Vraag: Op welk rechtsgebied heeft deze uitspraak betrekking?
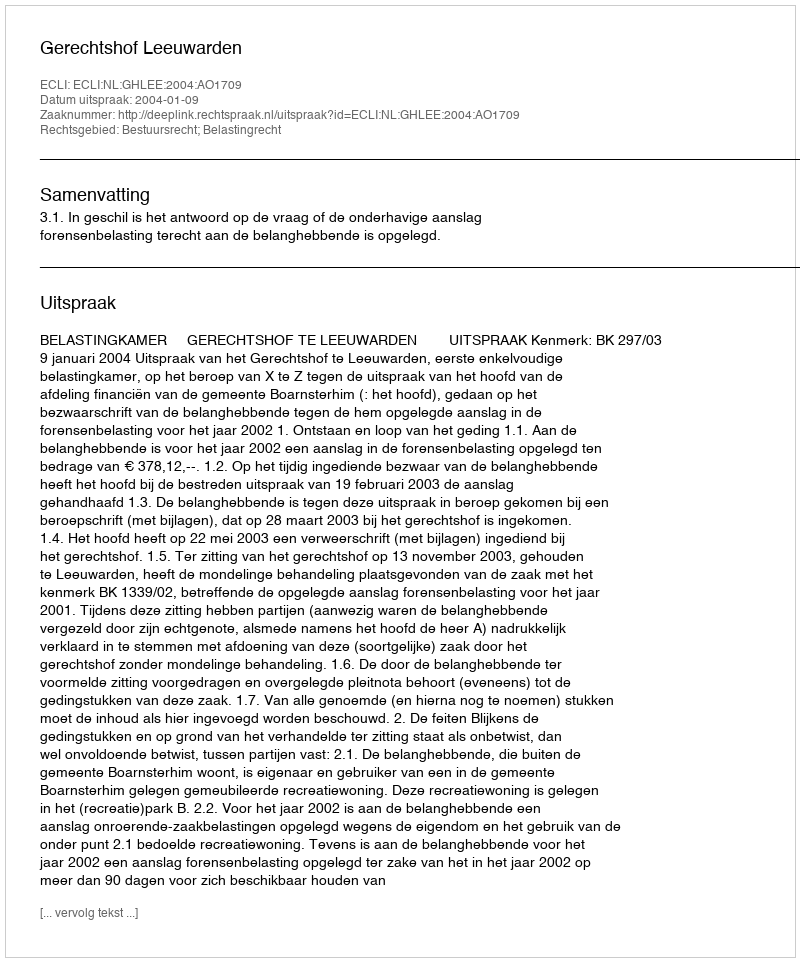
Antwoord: Bestuursrecht; Belastingrecht